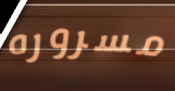
مسروره